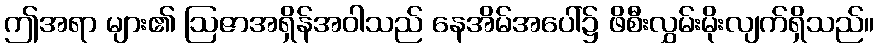
ဤအရာ များ၏ ဩဇာအရှိန်အဝါသည် နေအိမ်အပေါ်၌ ဖိစီးလွှမ်းမိုးလျက်ရှိသည်။